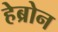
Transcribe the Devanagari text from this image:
हेब्रोन